Medical and sanitary report of the native army of Bengal for the year
Year: 1874
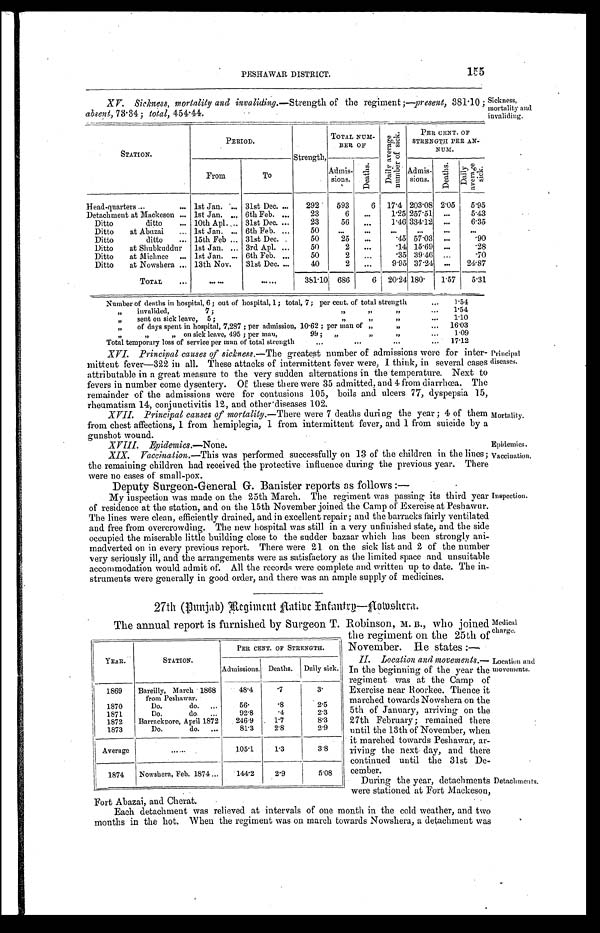
PESHAWAR DISTRICT.
155
XV. Sickness, mortality and invaliding.— Strength of the regiment;—present, 381.10;
absent, 73.34; total, 454.44.
Sickness,
mortality and
invaliding.
STATION.
PERIOD.
Strength,
TOTAL NUM-
BER OF
Da i l y a v e r a g e
n u mb e r o f s i c k .
PER CENT. OF
STRENGTH PER AN-
NUM.
From
To
Admis-
sions.
De a t h s .
Admis-
sions.
Deat hs .
Daily average sick.
Head-quarters
1st Jan.
31st Dec.
292 593
6 17.4 203.08 2.05 5.95
Detachment at Mackeson
1st Jan.
6th Feb.
23
6
1.25 257.51
5.43
Ditto ditto
10th Apl. 31st Dec.
23
56
1.46 334.12
6.35
Ditto at Abuzai
1st Jan.
6th Feb.
50
Ditto ditto
15th Feb 31st Dec.
50
25
.45 57.03
.90
Ditto at Shubkaddur 1st Jan.
3rd Apl.
50
2
.14 15.69
.28
Ditto at Michnee
1st Jan.
6th Feb.
50
2
.35 39.46
.70
Ditto at Nowshera
13th Nov. 31st Dec.
40
2
9.95 37.24
24.87
TOTAL
381.10 686
6 20.24 180.
1.57 5.31
Number of deaths in hospital, 6; out of hospital, 1; total, 7; per cent. of total strength
1.54
„ invalided, 7; „ „ „
1.54
„ sent on sick leave, 5; „ „ „
1.10
„ of days spent in hospital, 7,287; per admission, 10.62; per man of „ „ 1 6 . 0 3
„ „ „ on sick leave, 495; per man, 99; „ „ „
1.09
Total temporary loss of service per man of total strength
17.12
XVI. Principal causes of sickness.— The greatest number of admissions were for inter
- m i t t e n t f e v e r — 3 2 2 i n a l l . T h e s e a t t a c k s o f i n t e r m i t t e n t f e v e r w e r e , I t h i n k , i n s e v e r a l c a s e s
attributable in a great measure to the very sudden alternations in the temperature. Next to
fevers in number come dysentery. Of these there were 35 admitted, and 4 from diarrhœa. The
remainder of the admissions were for contusions 105, boils and ulcers 77, dyspepsia 15,
rheumatism 14, conjunctivitis 12, and other diseases 102.
XVII. Principal causes of mortality.— There were 7 deaths during the year; 4 of them
from chest affections, 1 from hemiplegia, 1 from intermittent fever, and 1 from suicide by a
gunshot wound.
XVIII. Epidemics.— None.
XIX. Vaccination.—This was performed successfully on 13 of the children in the lines;
the remaining children had received the protective influence during the previous year. There
were no cases of small-pox.
Deputy Surgeon-General G. Banister reports as follows:—
My inspection was made on the 25th March. The regiment was passing its third year
of residence at the station, and on the 15th November joined the Camp of Exercise at Peshawur.
The lines were clean, efficiently drained, and in excellent repair; and the barracks fairly ventilated
and free from overcrowding. The new hospital was still in a very unfinished state, and the side
occupied the miserable little building close to the sudder bazaar which has been strongly ani
-madverted on in every previous report. There were 21 on the sick list and 2 of the number
very seriously ill, and the arrangements were as satisfactory as the limited space and unsuitable
accommodation would admit of. All the records were complete and written up to date. The in
-struments were generally in good order, and there was an ample supply of medicines.
27th (Punjab) Regiment native Infantry—Nowshera.
The annual report is furnished by Surgeon T. Robinson, M. B., who joined
the regiment on the 25th of
November. He states:—
II. Location and movements.
— I n t h e b e g i n n i n g o f t h e y e a r t h e
regiment was at the Camp of
Exercise near Roorkee. Thence it
marched towards Nowshera on the
5th of January, arriving on the
27th February; remained there
until the 13th of November, when
it marched towards Peshawar, ar
- r i v i n g t h e n e x t d a y , a n d t h e r e
continued until the 31st De
-cember.
During the year, detachments
were stationed at Fort Mackeson,
Fort Abazai, and Cherat.
Each detachment was relieved at intervals of one month in the cold weather, and two
months in the hot. When the regiment was on march towards Nowshera, a detachment was
YEAR.
STATION.
PER CENT. OF STRENGTH.
Admissions. Deaths. Daily sick.
1869 Bareilly, March 1868
from Peshawar.
48.4
. 7
3.
1870
Do. do.
56.
.8
2.5
1871
Do. do.
92.8
.4
2.3
1872 Barrackpore, April 1872 246.9
1.7
8.3
1873
Do. do.
81.3
2.8
2.9
Average
105.1
1.3
3.8
1874 Nowshera, Feb. 1874
144.2
2.9
5.08
Principal
diseases.
Mortality.
Epidemics.
Vaccination.
Inspection.
Medical
charge.
Location and
movements.
Detachments.